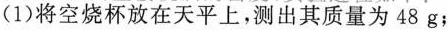
(1)将空烧杯放在天平上，测出其质量为48g；